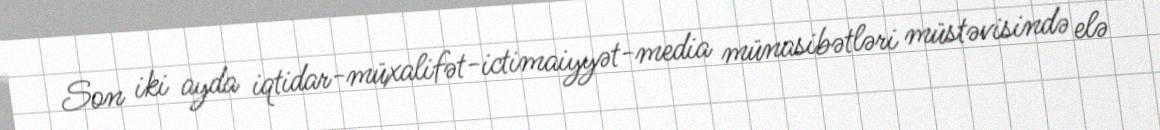
Son iki ayda iqtidar-müxalifət-ictimaiyyət-media münasibətləri müstəvisində elə